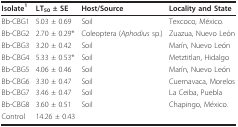
| Isolate1 | LT50 ± SE | Host/Source | Locality and State |
 | --- | --- | --- | --- |
 | Bb-CBG1 | 5.03 ± 0.69 | Soil | Texcoco, México. |
 | Bb-CBG2 | 2.70 ± 0.29* | Coleoptera (Aphodius sp.) | Zuazua, Nuevo León |
 | Bb-CBG3 | 3.20 ± 0.42 | Soil | Marín, Nuevo León |
 | Bb-CBG4 | 5.33 ± 0.53* | Soil | Metztitlan, Hidalgo |
 | Bb-CBG5 | 4.06 ± 0.46 | Soil | Marín, Nuevo León |
 | Bb-CBG6 | 3.30 ± 0.47 | Soil | Cuernavaca, Morelos |
 | Bb-CBG7 | 3.46 ± 0.47 | Soil | La Ceiba, Puebla |
 | Bb-CBG8 | 3.60 ± 0.51 | Soil | Chapingo, México. |
 | Control | 14.26 ± 0.43 |  |  |